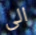
الى